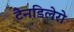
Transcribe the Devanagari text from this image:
टैनडिलेरो